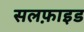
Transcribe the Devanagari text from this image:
सलफ़ाइड